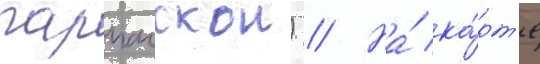
парпачскои) // На́ ка́рт'е